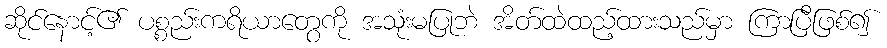
ဆိုင်နောင့်၏ ပစ္စည်းကရိယာတွေကို အသုံးမပြုဘဲ အိတ်ထဲထည့်ထားသည်မှာ ကြာပြီဖြစ်၍